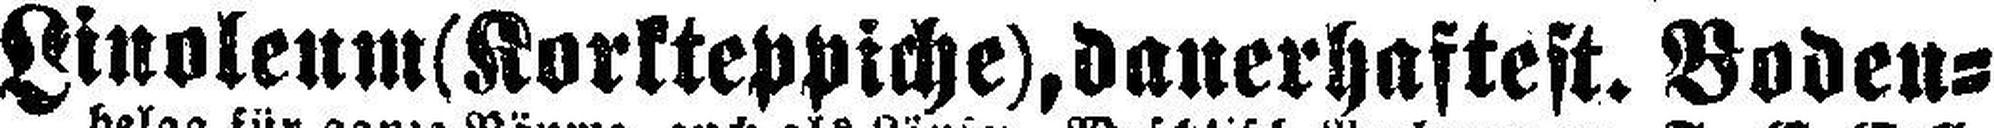
Linoleum (Korkteppiche), dauerhaftest. Boden¬